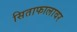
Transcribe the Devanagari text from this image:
सिताफालावर